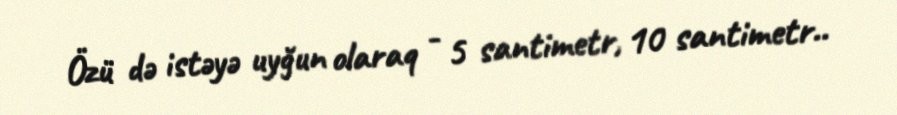
Özü də istəyə uyğun olaraq - 5 santimetr, 10 santimetr..